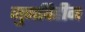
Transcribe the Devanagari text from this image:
गुणविहीन